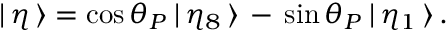
| \, \eta \, \rangle = \cos \theta _ { P } \: | \, \eta _ { 8 } \, \rangle \, - \, \sin \theta _ { P } \: | \, \eta _ { 1 } \, \rangle \, .